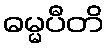
ဓမ္မပီတိ